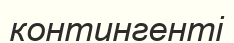
контингенті